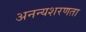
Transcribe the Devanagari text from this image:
अनन्यशरणता